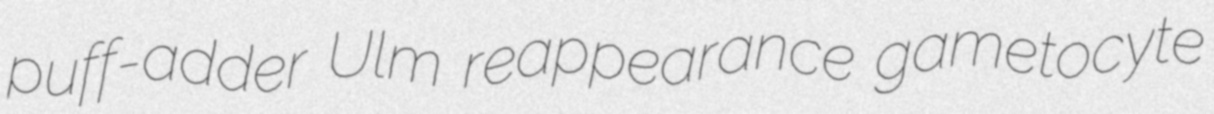
puff-adder Ulm reappearance gametocyte